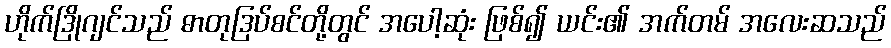
ဟိုက်ဒြိုဂျင်သည် ဓာတုဒြပ်စင်တို့တွင် အပေါ့ဆုံး ဖြစ်၍ ယင်း၏ အက်တမ် အလေးဆသည်